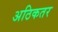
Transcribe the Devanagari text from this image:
अठिकतर